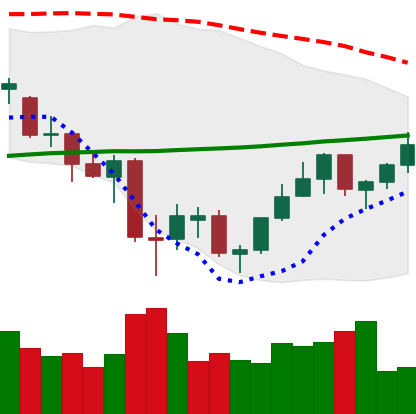
Ticker: ETH-USD
Chart end date: 2021-07-04
Forward return: -7.539%
Label: down_7plus